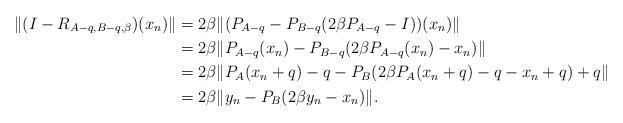
LaTeX: \begin{align*}\Vert (I-R_{A-q,B-q,\beta})(x_{n})\Vert&=2\beta\Vert (P_{A-q}-P_{B-q}(2\beta P_{A-q}-I))(x_{n})\Vert \\&=2\beta\Vert P_{A-q}(x_{n})-P_{B-q}(2\beta P_{A-q}(x_{n})-x_{n})\Vert \\&=2\beta\Vert P_{A}(x_{n}+q)-q-P_{B}(2\beta P_{A}(x_{n}+q)-q-x_{n}+q)+q\Vert \\&=2\beta\Vert y_{n}-P_{B}(2\beta y_{n}-x_{n})\Vert.\end{align*}